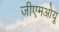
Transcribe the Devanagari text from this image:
जीएमओयू